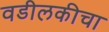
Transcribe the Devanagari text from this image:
वडीलकीचा